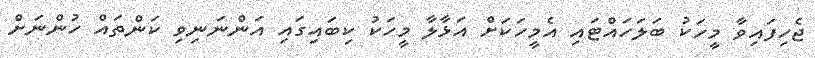
ޖެހިފައިވާ މީހަކު ބަލަހައްޓައި އެމީހަކަށް އަޅާލާ މީހަކު ކިބައިގައި އަންނަނިވި ކަންތައް ހުންނަށް